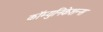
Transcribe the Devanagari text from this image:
कॉम्युनिकेशन्स